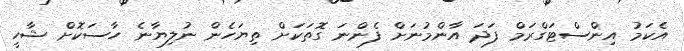
އެކަމު އިންސްޓަގްރަމް ފަދަ އާންމުނަށް ފެންނަ ގޮތަކަށް ތިޔަހެން ނުލިޔާނެ ހާސަކޮށް ޝާހީ